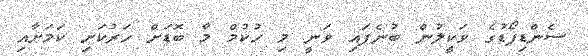
ސެންޑިފޯޑުގެ ވަކީލުން ބުނެފައި ވަނީ މި ހުކުމް މާ ބޮޑަށް ހަރުކަށި ކަމަށާއި